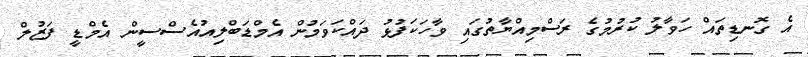
އެ ގޮނޑިތައް ހަވާލު ކުރުމުގެ ރަސްމިއްޔާތުގައި ވާހަކަފުޅު ދައްކަވަމުން އެމްޑަބްލިއުއެސްސީން އެމްޑީ ފަޒުލް